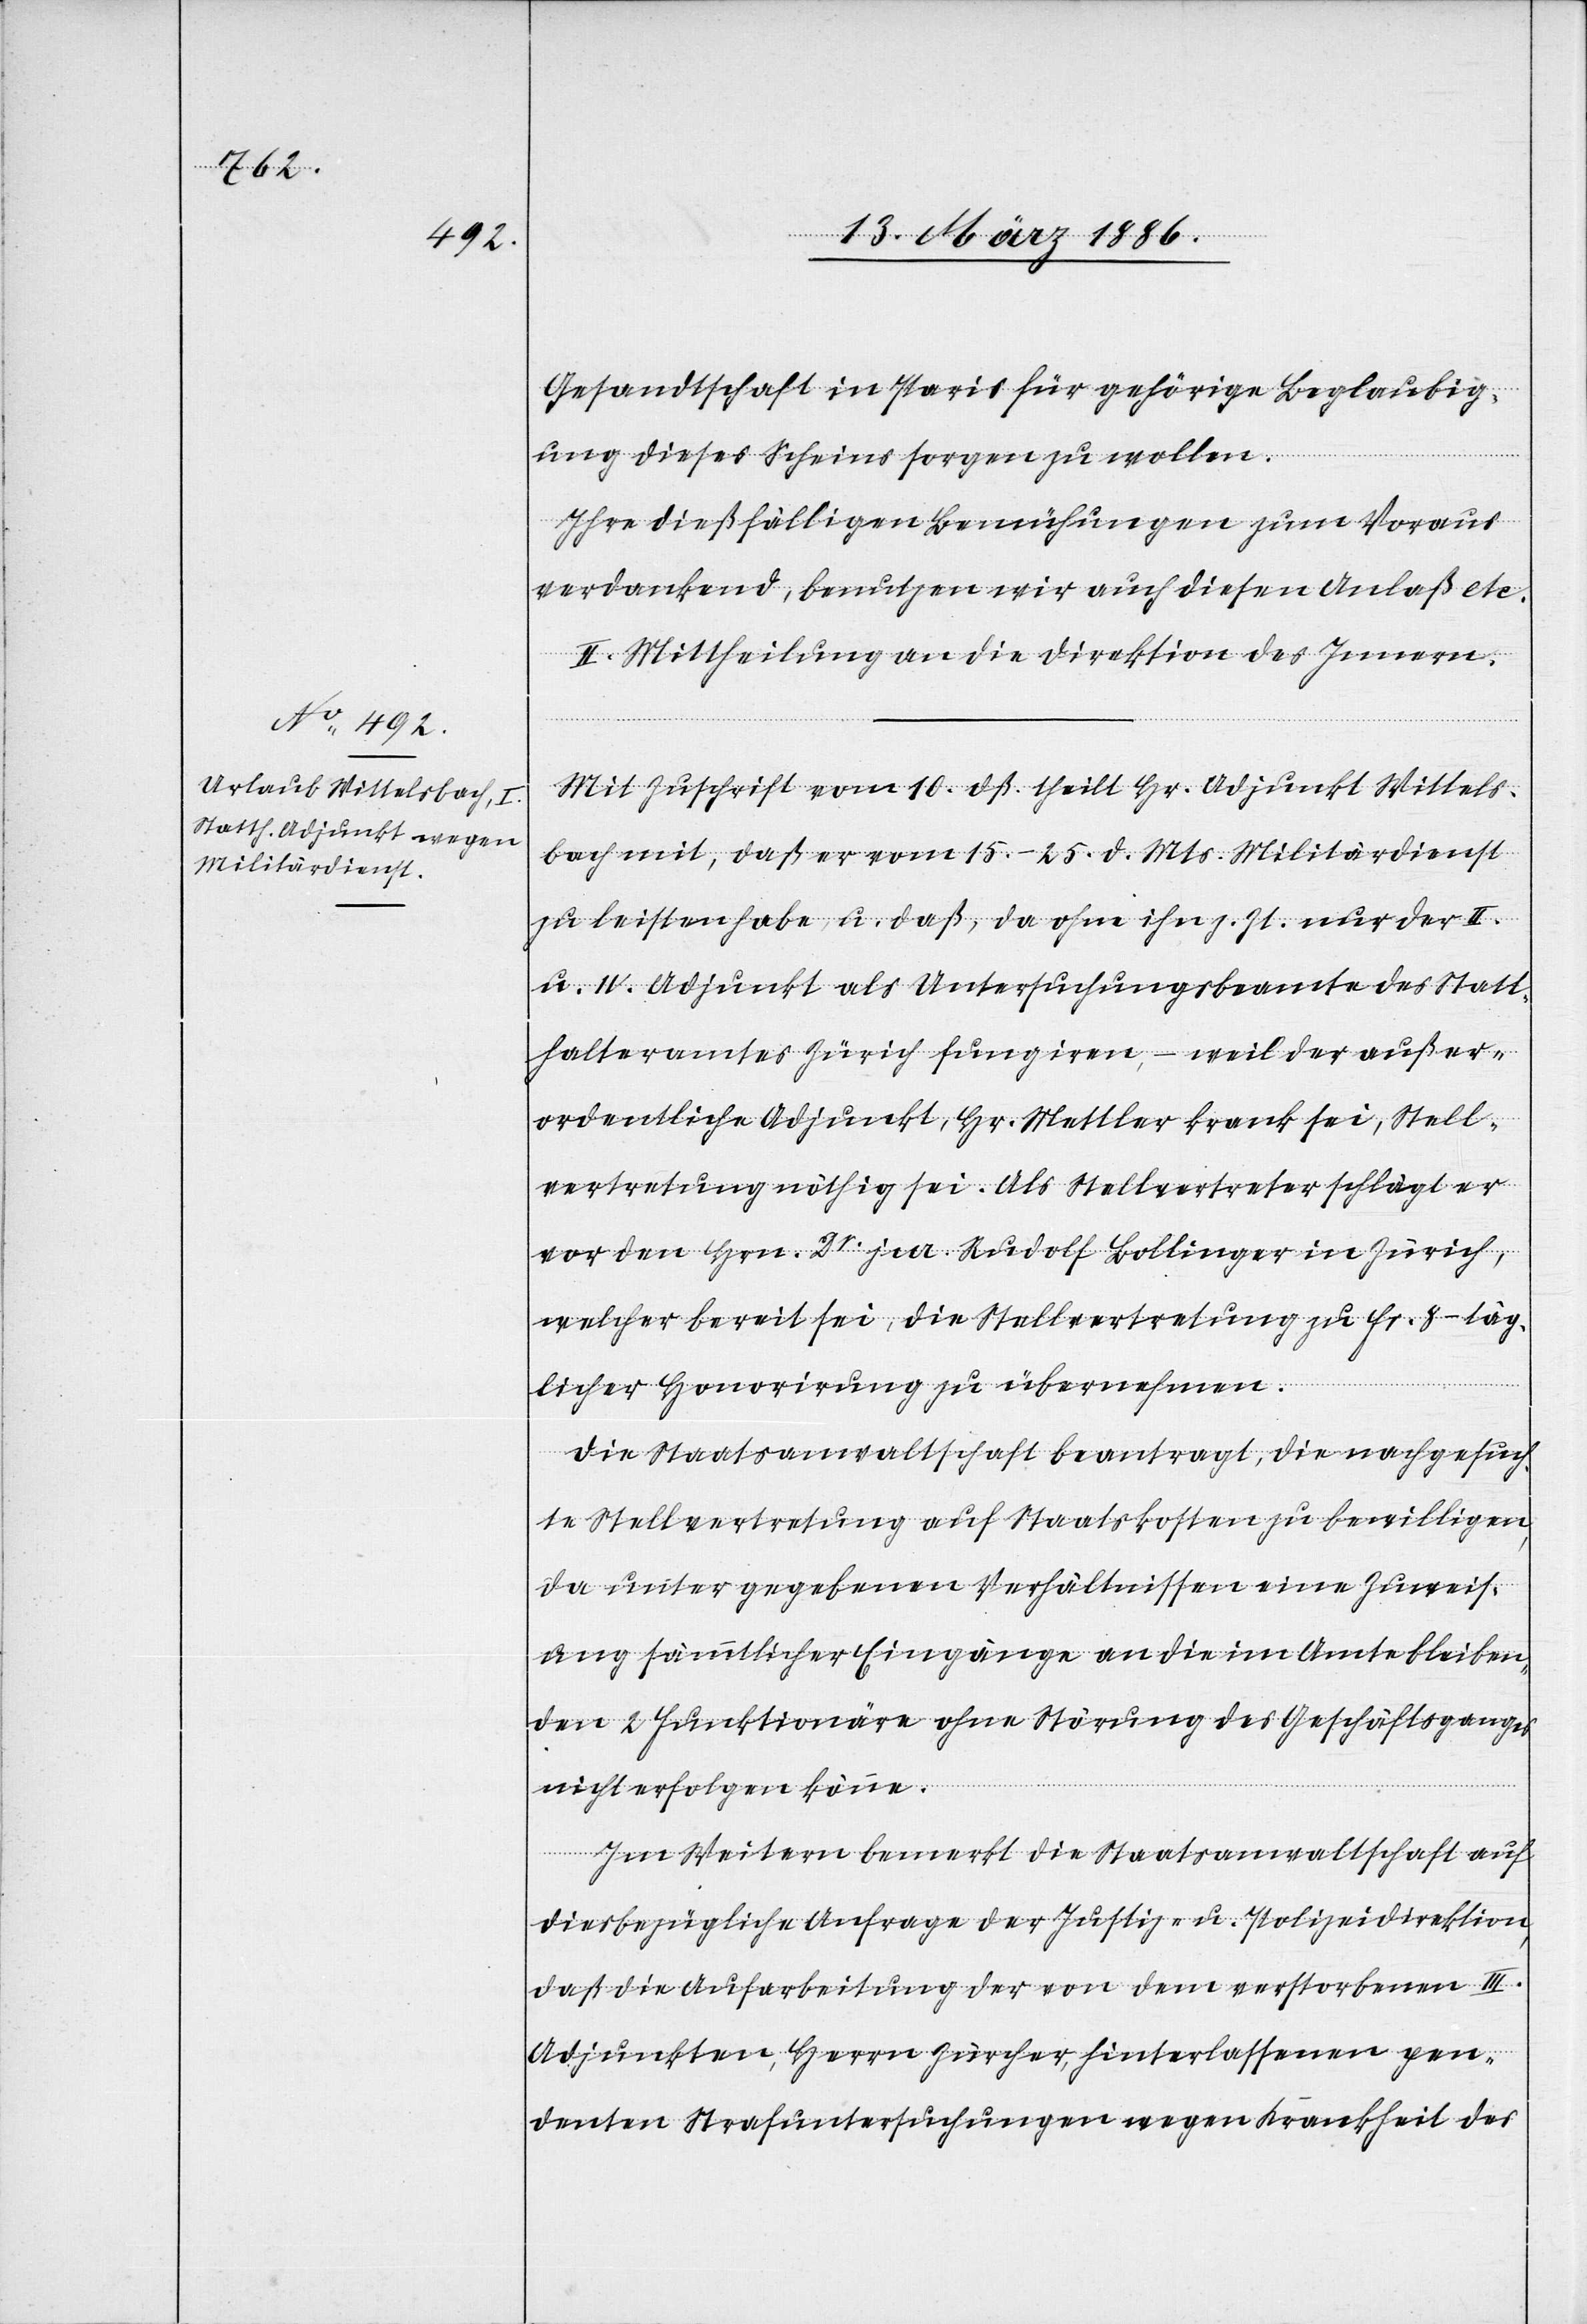
Gesandtschaft in Paris für gehörige Beglaubig¬
ung dieses Scheines sorgen zu wollen.
Ihre dießfälligen Bemühungen zum Voraus
verdankend, benutzen wir auch diesen Anlaß etc.“
II. Mittheilung an die Direktion des Innern.
Mit Zuschrift vom 10. dß. theilt Hr. Adjunkt Wittels¬
bach mit, daß er vom 15.–25. d. Mts. Militärdienst
zu leisten habe, u. daß, da ohne ihn z. Zt. nur der II.
u. IV. Adjunkt als Untersuchungsbeamte des Statt¬
halteramtes Zürich fungiren, – weil der außer¬
ordentliche Adjunkt, Hr. Mettler krank sei, Stell¬
vertretung nöthig sei. Als Stellvertreter schlägt er
vor den Hrn. Dr. jur. Rudolf Bollinger in Zürich,
welcher bereit sei, die Stellvertretung zu Fr. 8.– täg¬
licher Honorirung zu übernehmen.
Die Staatsanwaltschaft beantragt, die nachgesuch¬
te Stellvertretung auf Staatskosten zu bewilligen,
da unter gegebenen Verhältnissen eine Zuweis¬
ung sämmtlicher Eingänge an die im Amte bleiben¬
den 2 Funktionäre ohne Störung des Geschäftsganges
nicht erfolgen könne.
Im Weitern bemerkt die Staatsanwaltschaft auf
diesbezügliche Anfrage der Justiz- u. Polizeidirektion,
daß die Aufarbeitung der von dem verstorbenen III.
Adjunkten, Herrn Zürcher, hinterlassenen pen¬
denten Strafuntersuchungen wegen Krankheit des